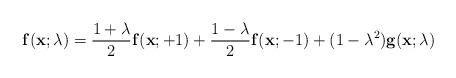
LaTeX: \begin{align*}{\bf f}({\bf x};\lambda)=\frac{1+\lambda}2{\bf f}({\bf x};+1)+\frac{1-\lambda}2{\bf f}({\bf x};-1)+(1-\lambda^2){\bf g}({\bf x};\lambda)\end{align*}